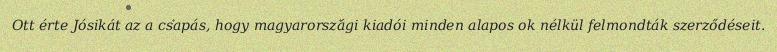
Ott érte Jósikát az a csapás, hogy magyarországi kiadói minden alapos ok nélkül felmondták szerződéseit.